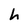
Character: h